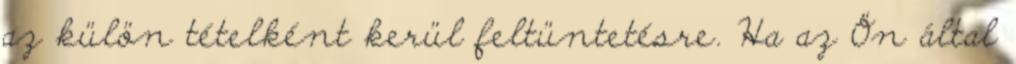
az külön tételként kerül feltüntetésre. Ha az Ön által